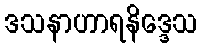
ဒသနာဟာရနိဒ္ဒေသ